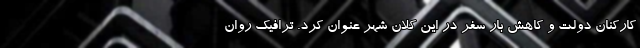
کارکنان دولت و کاهش بار سفر در این کلان شهر عنوان کرد. ترافیک روان